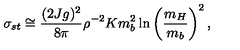
\sigma _ { s t } \cong { \frac { ( 2 J g ) ^ { 2 } } { 8 \pi } } \rho ^ { - 2 } K m _ { b } ^ { 2 } \ln \left( { \frac { m _ { H } } { m _ { b } } } \right) ^ { 2 } ,